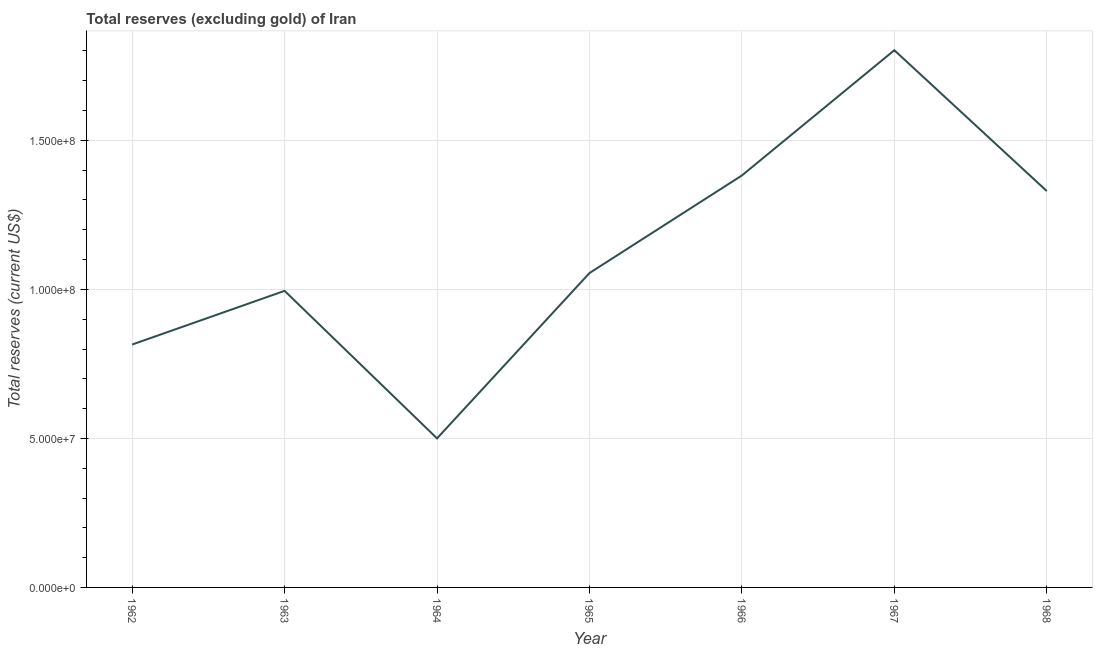
| Year | Total reserves minus gold (current US$) |
 | --- | --- |
 | 1962 | 8.15e+07 |
 | 1963 | 9.95e+07 |
 | 1964 | 5e+07 |
 | 1965 | 1.05e+08 |
 | 1966 | 1.38e+08 |
 | 1967 | 1.8e+08 |
 | 1968 | 1.33e+08 |